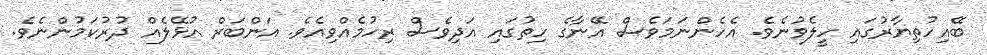
ބޭއިހުތިޔާރުގައި ހީލެވުނެވެ. އެހެންނަމަވެސް އޭނާގެ ހިތުގައި އަދިވެސް ރިހުމެއްވިއެވެ. އަންބަރް އުޅޭލެއް ދުރުކަމުންނެވެ.